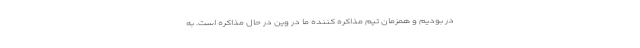
در بودیم و همزمان تیم مذاکره کننده ما در وین در حال مذاکره است. به